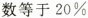
数等于20\%